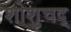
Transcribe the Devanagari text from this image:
शोशुचद्